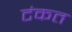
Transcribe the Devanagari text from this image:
टंकत